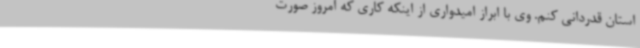
استان قدردانی کنم. وی با ابراز امیدواری از اینکه کاری که امروز صورت